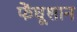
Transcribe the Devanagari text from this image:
फेंघूशान